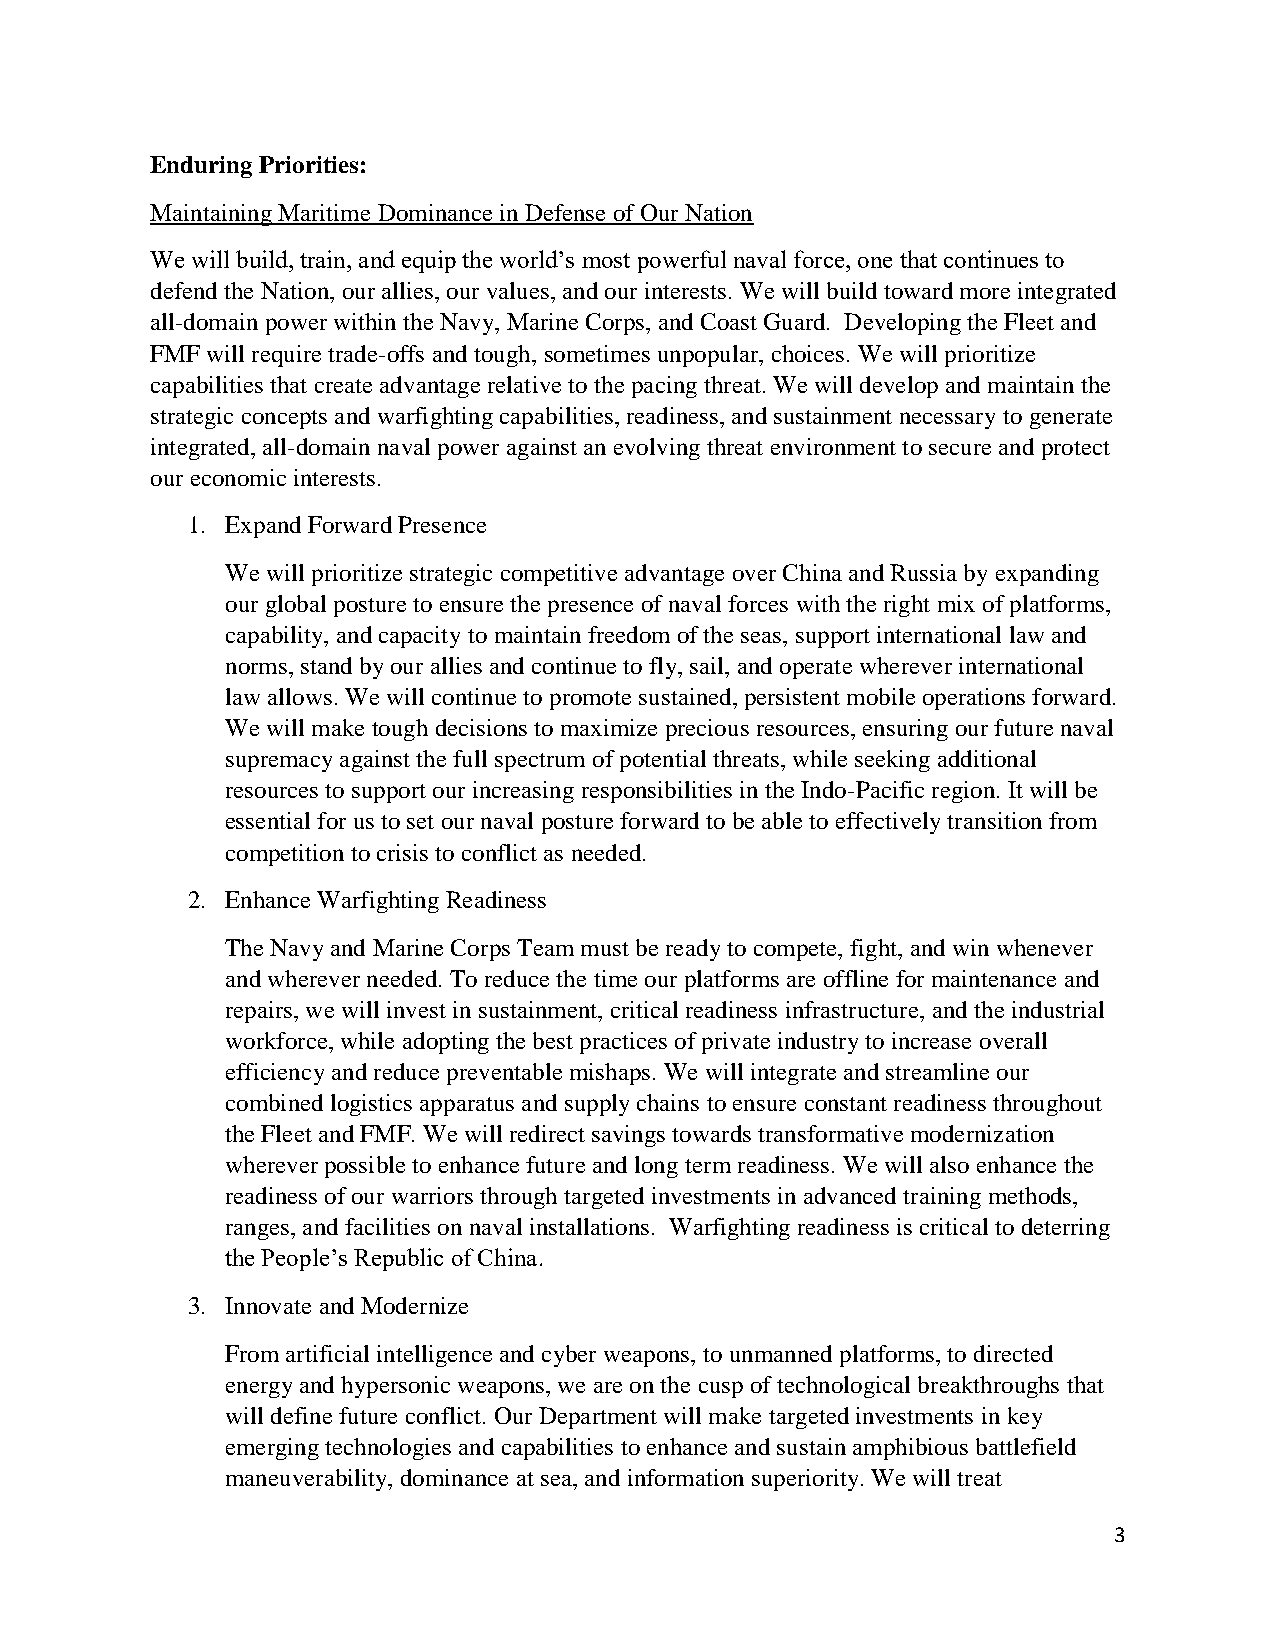
Enduring Priorities:
 Maintaining Maritime Dominance in Defense of Our Nation
 We will build, train, and equip the world’s most powerful naval force, one that continues to
 defend the Nation, our allies, our values, and our interests. We will build toward more integrated
 all-domain power within the Navy, Marine Corps, and Coast Guard. Developing the Fleet and
 FMF will require trade-offs and tough, sometimes unpopular, choices. We will prioritize
 capabilities that create advantage relative to the pacing threat. We will develop and maintain the
 strategic concepts and warfighting capabilities, readiness, and sustainment necessary to generate
 integrated, all-domain naval power against an evolving threat environment to secure and protect
 our economic interests.
 1. Expand Forward Presence
 We will prioritize strategic competitive advantage over China and Russia by expanding
 our global posture to ensure the presence of naval forces with the right mix of platforms,
 capability, and capacity to maintain freedom of the seas, support international law and
 norms, stand by our allies and continue to fly, sail, and operate wherever international
 law allows. We will continue to promote sustained, persistent mobile operations forward.
 We will make tough decisions to maximize precious resources, ensuring our future naval
 supremacy against the full spectrum of potential threats, while seeking additional
 resources to support our increasing responsibilities in the Indo-Pacific region. It will be
 essential for us to set our naval posture forward to be able to effectively transition from
 competition to crisis to conflict as needed.
 2. Enhance Warfighting Readiness
 The Navy and Marine Corps Team must be ready to compete, fight, and win whenever
 and wherever needed. To reduce the time our platforms are offline for maintenance and
 repairs, we will invest in sustainment, critical readiness infrastructure, and the industrial
 workforce, while adopting the best practices of private industry to increase overall
 efficiency and reduce preventable mishaps. We will integrate and streamline our
 combined logistics apparatus and supply chains to ensure constant readiness throughout
 the Fleet and FMF. We will redirect savings towards transformative modernization
 wherever possible to enhance future and long term readiness. We will also enhance the
 readiness of our warriors through targeted investments in advanced training methods,
 ranges, and facilities on naval installations. Warfighting readiness is critical to deterring
 the People’s Republic of China.
 3. Innovate and Modernize
 From artificial intelligence and cyber weapons, to unmanned platforms, to directed
 energy and hypersonic weapons, we are on the cusp of technological breakthroughs that
 will define future conflict. Our Department will make targeted investments in key
 emerging technologies and capabilities to enhance and sustain amphibious battlefield
 maneuverability, dominance at sea, and information superiority. We will treat
 3